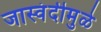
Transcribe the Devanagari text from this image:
जास्वंदीमुळे